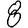
Digit: 8